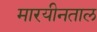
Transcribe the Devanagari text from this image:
मारयीनताल